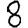
Digit: 8